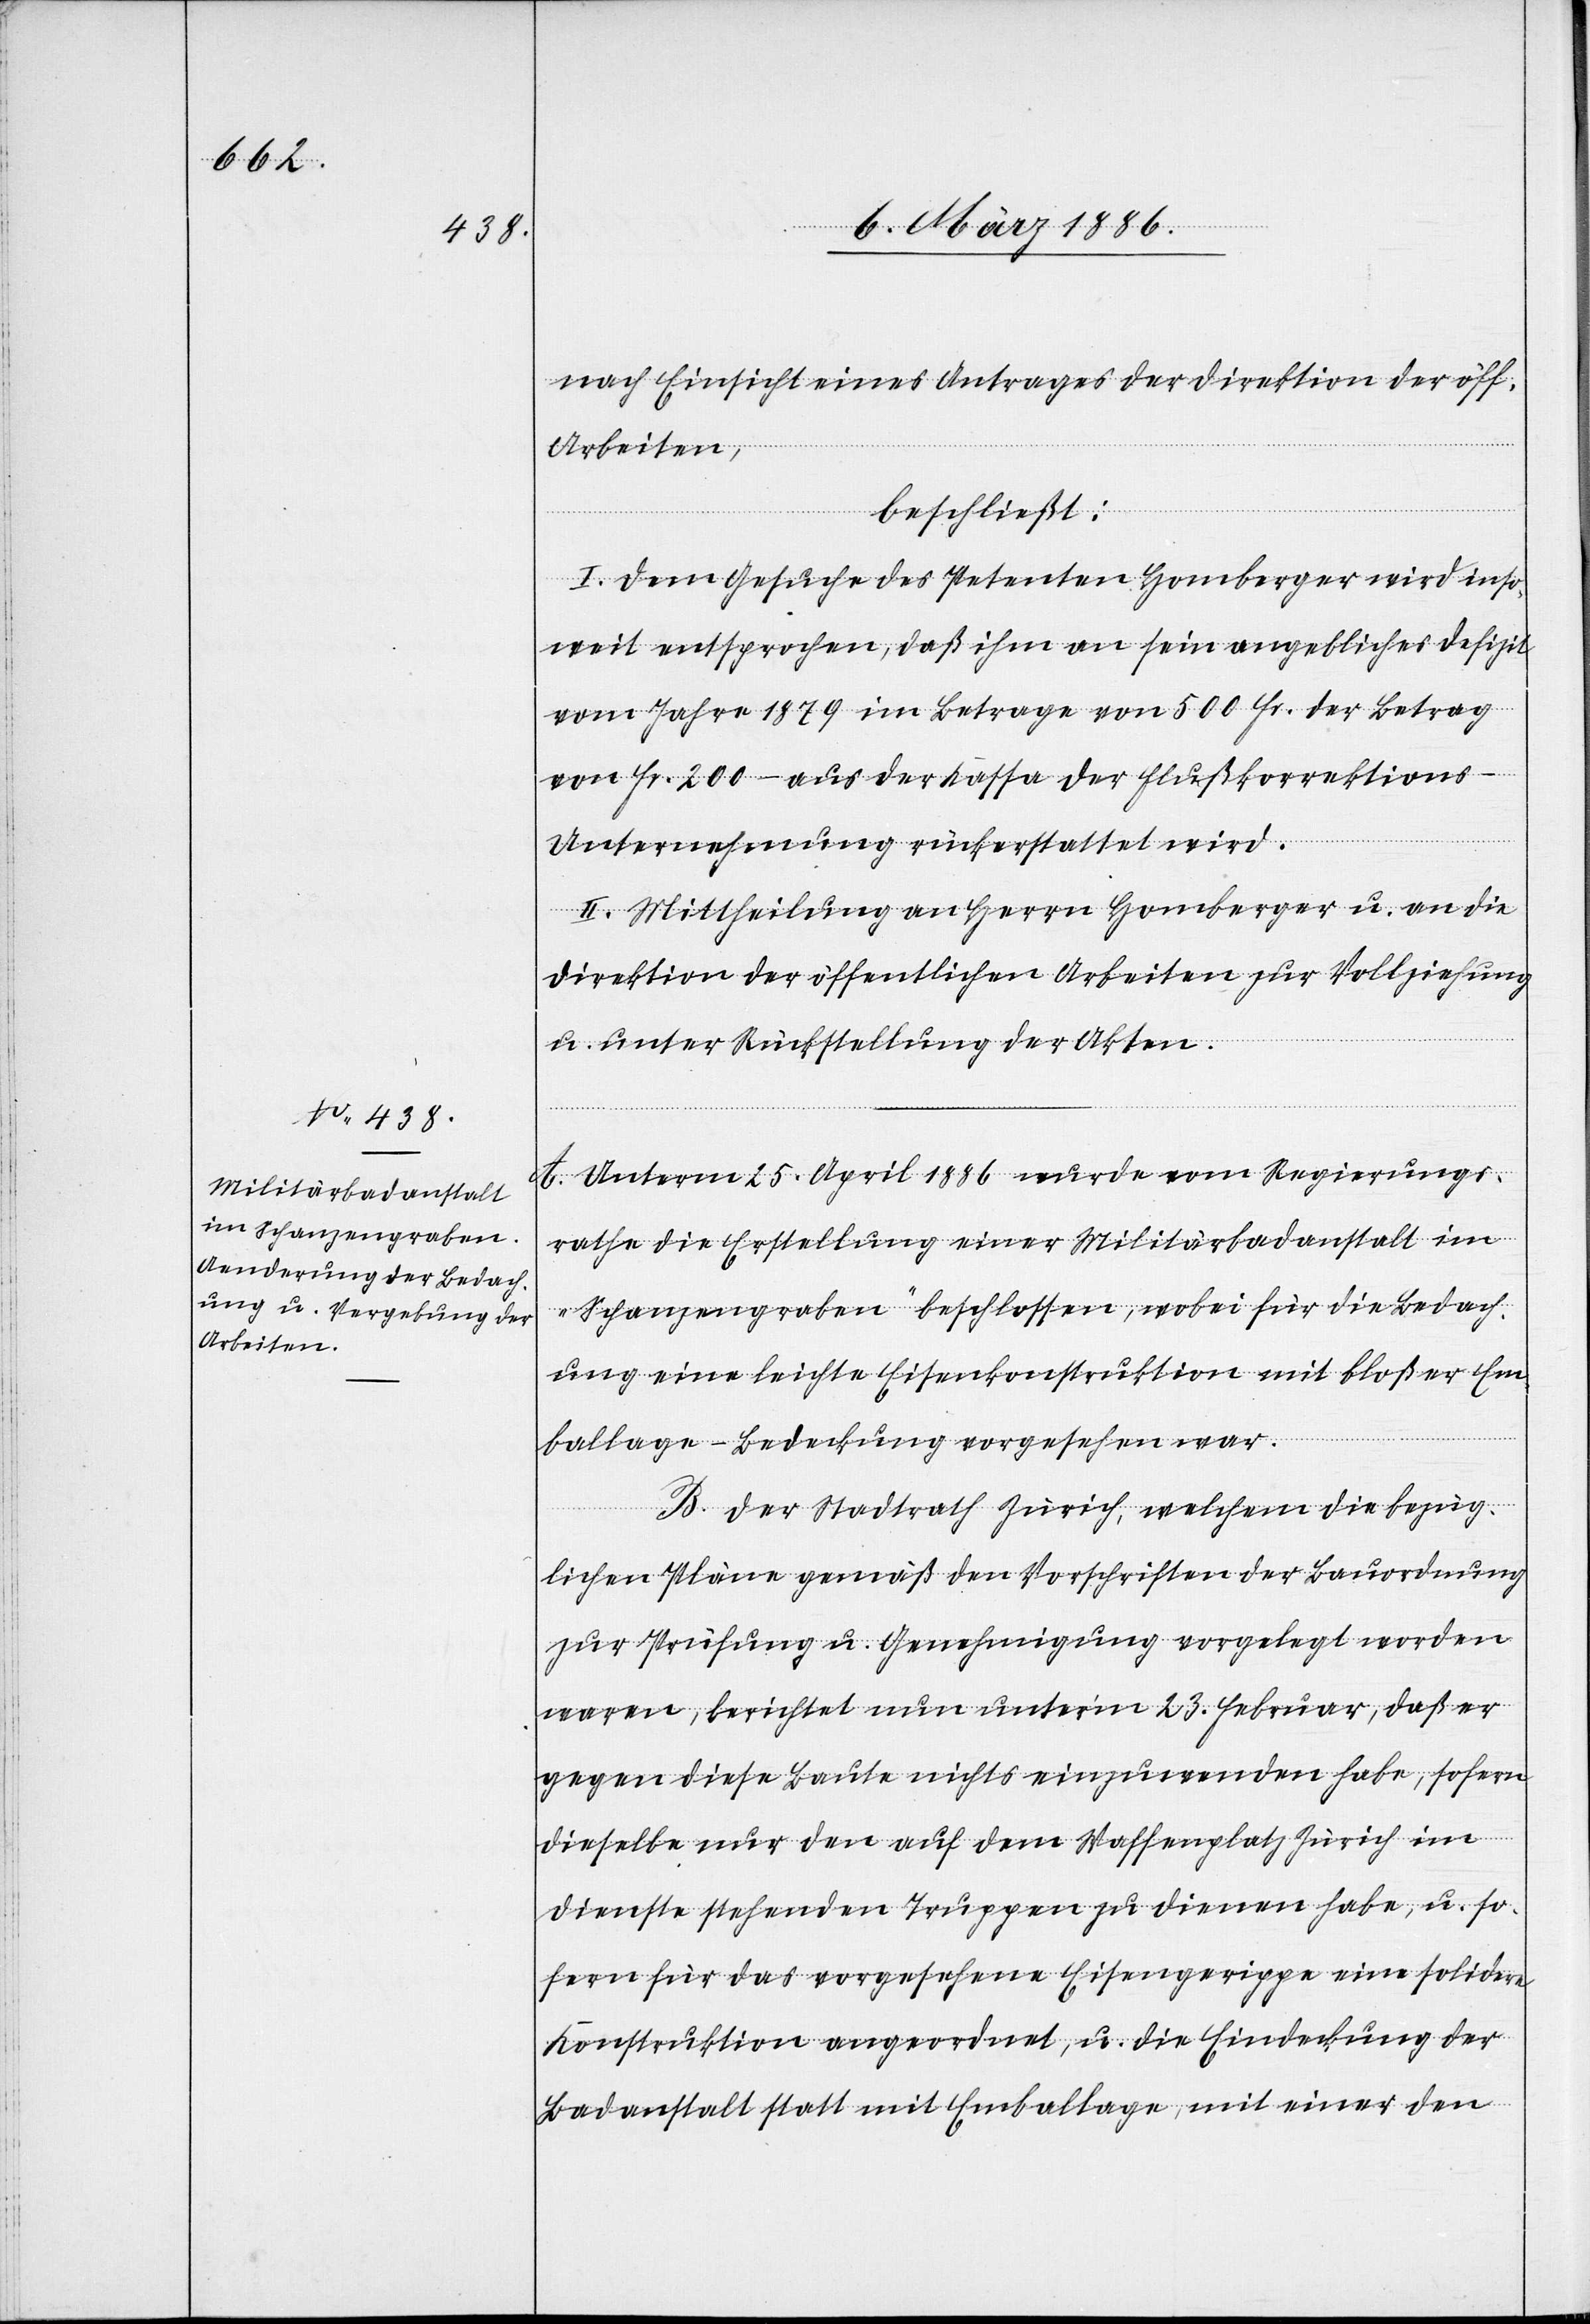
nach Einsicht eines Antrages der Direktion der öff.
Arbeiten,
beschließt:
I. Dem Gesuche des Petenten Homberger wird inso¬
weit entsprochen, daß ihm an sein angebliches Defizit
vom Jahre 1879 im Betrage von 500 Fr. der Betrag
von Fr. 200.– aus der Kassa der Flußkorrektions-U¬
nternehmung rückerstattet wird.
II. Mittheilung an Herrn Homberger u. an die
Direktion der öffentlichen Arbeiten zur Vollziehung
u. unter Rückstellung der Akten.
A. Unterm 15. April 1886 wurde vom Regierungs¬
rathe die Erstellung einer Militärbadanstalt im
„Schanzengraben“ beschlossen, wobei für die Bedach¬
ung eine leichte Eisenkonstruktion mit bloßer Em¬
ballage-Bedeckung vorgesehen war.
B. Der Stadtrath Zürich, welchem die bezüg¬
lichen Pläne gemäß den Vorschriften der Bauordnung
zur Prüfung u. Genehmigung vorgelegt worden
waren, berichtet nun unter’m 23. Februar, daß er
gegen diese Baute nichts einzuwenden habe, sofern
dieselbe nur den auf dem Waffenplatz Zürich im
Dienste stehenden Truppen zu dienen habe, u. so¬
fern für das vorgesehene Eisengerippe eine solide
Konstruktion angeordnet, u. die Eindeckung der
Badanstalt statt mit Emballage, mit einer den